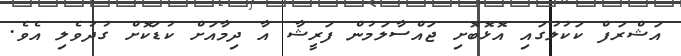
އަޝްރަފް ކަކުލުގައި އޮޅޮބޮށި ޖައްސާލަމުން ފަރީޝާ އާ ދިމާއަށް ކުޑަކޮށް ގުދުވެލި އެވެ.